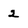
Character: 2